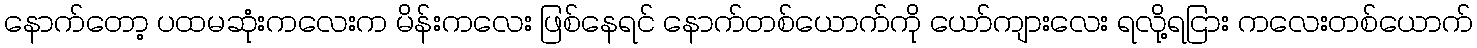
နောက်တော့ ပထမဆုံးကလေးက မိန်းကလေး ဖြစ်နေရင် နောက်တစ်ယောက်ကို ယော်ကျားလေး ရလို့ရငြား ကလေးတစ်ယောက်